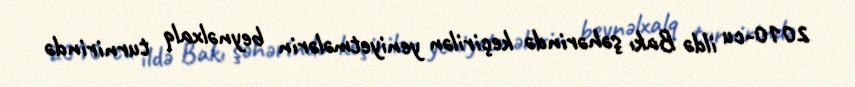
2010-cu ildə Bakı şəhərində keçirilən yeniyetmələrin beynəlxalq turnirində